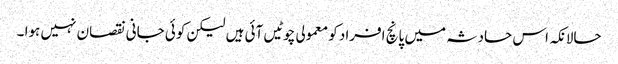
حالانکہ اس حادثہ میں پانچ افراد کو معمولی چوٹیں آئی ہیں لیکن کوئی جانی نقصان نہیں ہوا ۔